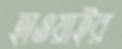
হাওয়াইর